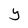
Character: Y